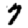
Digit: 7